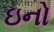
ઇનો